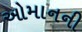
ઓમાનની